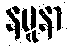
နမူနာ